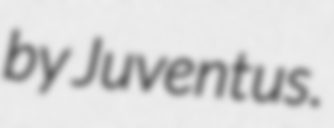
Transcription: by Juventus.